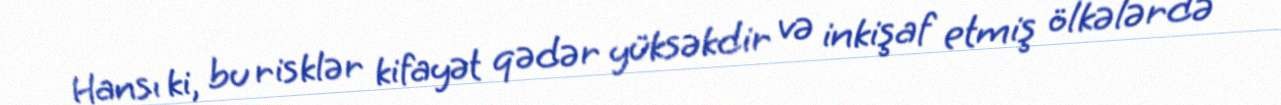
Hansı ki, bu risklər kifayət qədər yüksəkdir və inkişaf etmiş ölkələrdə